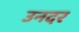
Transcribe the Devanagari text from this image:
उनदर